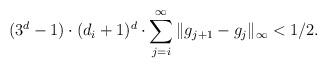
LaTeX: \begin{align*}(3^d-1)\cdot (d_i+1)^d\cdot \sum_{j=i}^\infty\|g_{j+1}-g_{j}\|_\infty < 1/2. \end{align*}